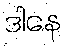
ဒါနေ